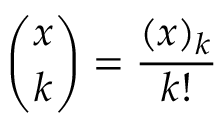
{ \binom { x } { k } } = { \frac { ( x ) _ { k } } { k ! } }